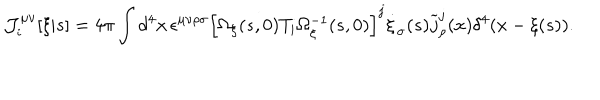
LaTeX: { \cal J } _ { i } ^ { \mu \nu } [ \xi | s ] = 4 \pi \int d ^ { 4 } x \, \epsilon ^ { \mu \nu \rho \sigma } \left[ \Omega _ { \xi } ( s , 0 ) T _ { i } \Omega _ { \xi } ^ { - 1 } ( s , 0 ) \right] ^ { j } \dot { \xi } _ { \sigma } ( s ) \widetilde { j } _ { \rho } ^ { j } ( x ) \delta ^ { 4 } ( x - \xi ( s ) ) .